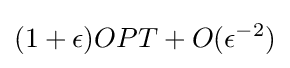
(1+\epsilon )OPT+O(\epsilon ^{-2})